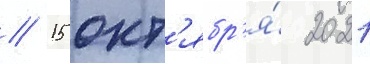
// 15 окт'ябр'я́ 2021